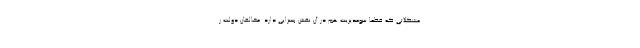
مشکلاتی که قطعا سومدیریت هم در آن نقش بسزایی دارد. مخالفان دولت ر